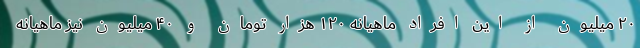
۲۰ میلیون از این افراد ماهیانه ۱۲۰ هزار تومان و ۴۰ میلیون نیز ماهیانه